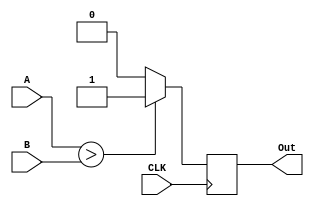
`timescale 1ns / 1ps
//////////////////////////////////////////////////////////////////////////////////
// Company: Tecnolgico de Costa Rica
// 
// Design Name:
// Module Name: Comparador_Mayor
// Project Name: 
// Target Devices: 
// Tool versions: 
// Description:  
//					
//////////////////////////////////////////////////////////////////////////////////

module Comparador_Mayor(
    
    //INPUTS
    input wire CLK,
    input wire [7:0] A,
    input wire [7:0] B,
    //OUTPUTS
    output reg Out
    );
       
    always @(posedge CLK)
      if (A > B)
          Out <= 1'b1;
      else
          Out <= 1'b0;
    
endmodule